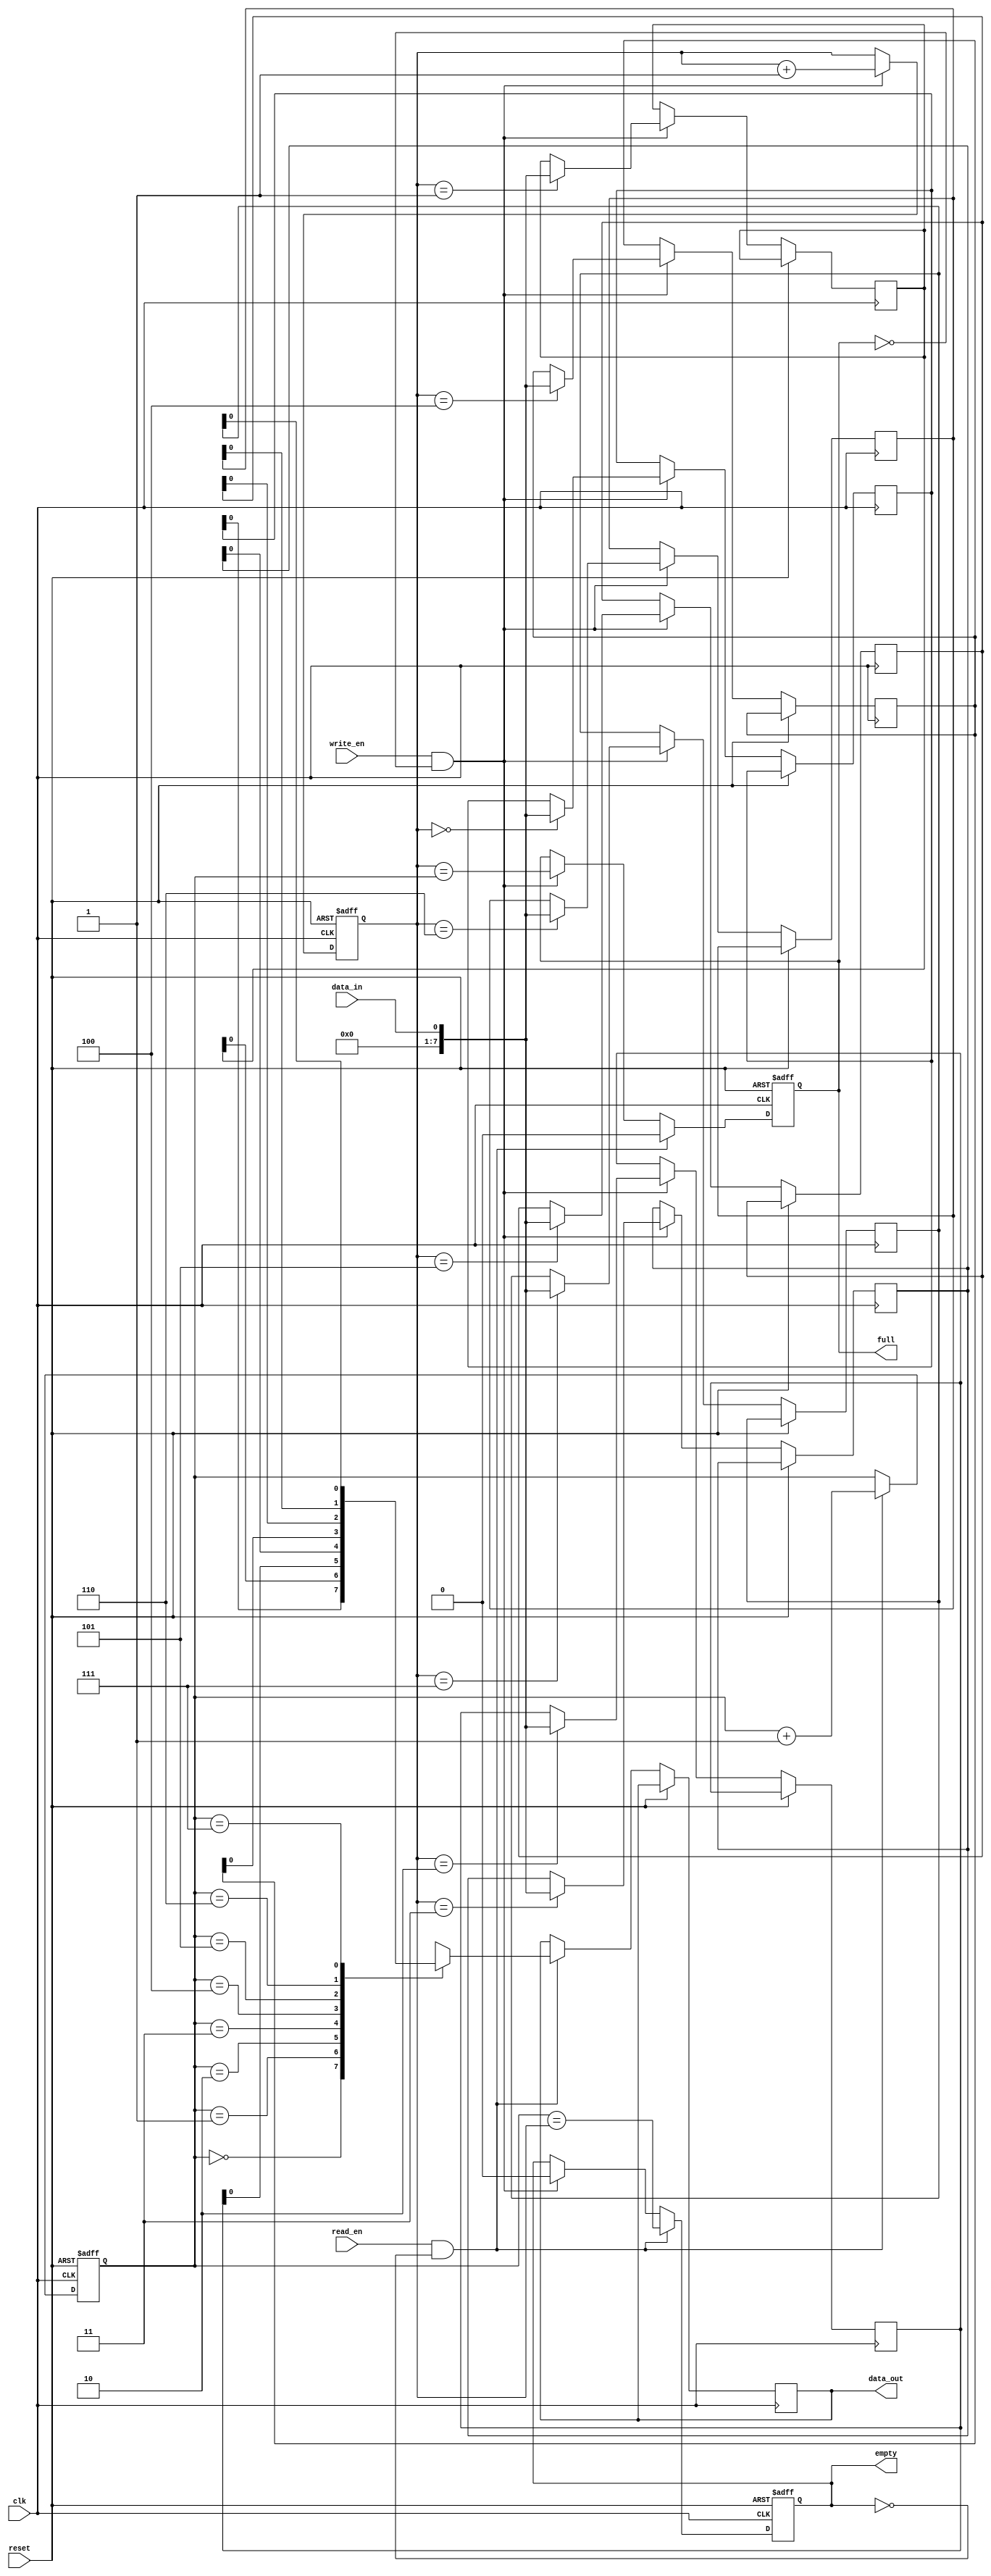
module FIFO_buffer (
    input wire clk,           // Clock input
    input wire reset,         // Reset input
    input wire write_en,      // Write enable input
    input wire read_en,       // Read enable input
    input wire data_in,       // Data input
    output reg data_out,      // Data output
    output reg full,          // Full flag output
    output reg empty          // Empty flag output
);

reg [7:0] buffer [0:7];      // FIFO buffer with 8 locations
reg [2:0] write_ptr = 0;     // Write pointer
reg [2:0] read_ptr = 0;      // Read pointer

// Synchronize write and read operations with clock edge
always @(posedge clk or posedge reset) begin
    if (reset) begin
        write_ptr <= 0;
        read_ptr <= 0;
        full <= 0;
        empty <= 1;
    end else begin
        if (write_en && !full) begin
            buffer[write_ptr] <= data_in;
            write_ptr <= write_ptr + 1;
            full <= (write_ptr == read_ptr);
            empty <= 0;
        end
        if (read_en && !empty) begin
            data_out <= buffer[read_ptr];
            read_ptr <= read_ptr + 1;
            empty <= (read_ptr == write_ptr);
            full <= 0;
        end
    end
end

endmodule